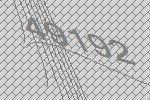
49192